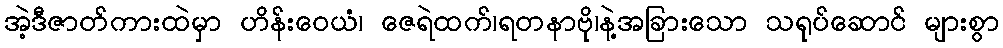
အဲ့ဒီဇာတ်ကားထဲမှာ ဟိန်းဝေယံ၊ ဇေရဲထက်၊ရတနာဗို၊နဲ့အခြားသော သရုပ်ဆောင် များစွာ